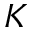
K